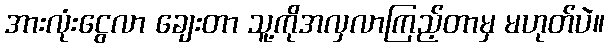
အားလုံးငွေလာ ချေးတာ သူ့ကိုအလှလာကြည့်တာမှ မဟုတ်ပဲ။